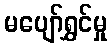
မပျော်ရွှင်မှု